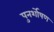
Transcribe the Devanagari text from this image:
पुनर्शोषण